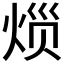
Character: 𱫐